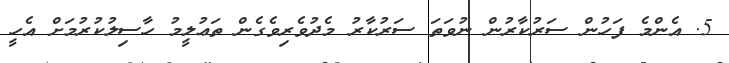
5. އެންމެ ފަހުން ސަރުކާރުން ނުވަތަ ސަރުކާރު މެދުވެރިވެގެން ތަޢުލީމު ހާސިލުކުރުމަށް އެހީ